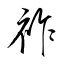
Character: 祚